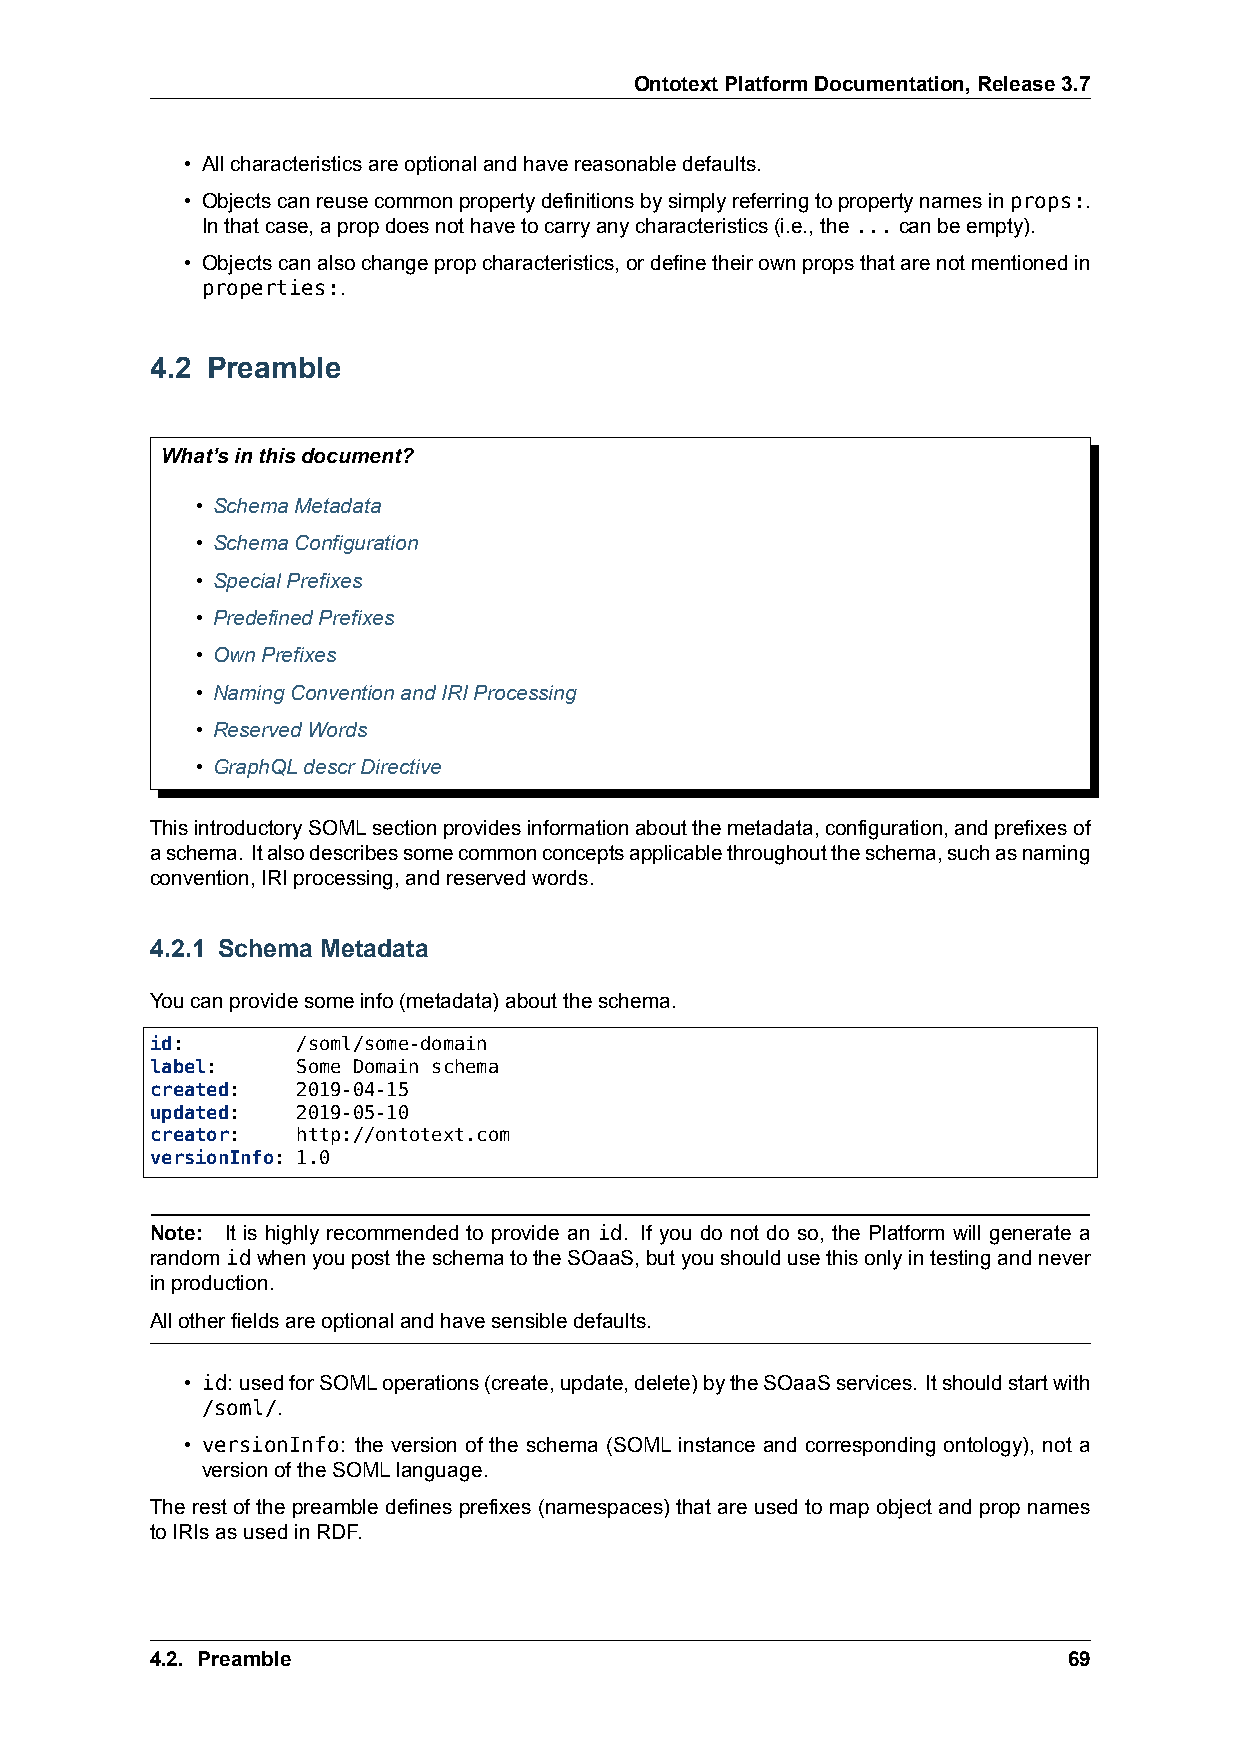
OntotextPlatformDocumentation,Release3.7
 • Allcharacteristicsareoptionalandhavereasonabledefaults.
 • Objectscanreusecommonpropertydefinitionsbysimplyreferringtopropertynamesinprops:.
 Inthatcase,apropdoesnothavetocarryanycharacteristics(i.e.,the...canbeempty).
 • Objectscanalsochangepropcharacteristics,ordefinetheirownpropsthatarenotmentionedin
 properties:.
 4.2 Preamble
 What’sinthisdocument?
 • SchemaMetadata
 • SchemaConfiguration
 • SpecialPrefixes
 • PredefinedPrefixes
 • OwnPrefixes
 • NamingConventionandIRIProcessing
 • ReservedWords
 • GraphQLdescrDirective
 ThisintroductorySOMLsectionprovidesinformationaboutthemetadata,configuration,andprefixesof
 aschema. Italsodescribessomecommonconceptsapplicablethroughouttheschema,suchasnaming
 convention,IRIprocessing,andreservedwords.
 4.2.1 Schema Metadata
 Youcanprovidesomeinfo(metadata)abouttheschema.
 id:       /soml/some-domain
 label:    Some Domain schema
 created:  2019-04-15
 updated:  2019-05-10
 creator:  http://ontotext.com
 versionInfo: 1.0
 Note: It is highly recommended to provide an id. If you do not do so, the Platform will generate a
 randomidwhenyouposttheschematotheSOaaS,butyoushouldusethisonlyintestingandnever
 inproduction.
 Allotherfieldsareoptionalandhavesensibledefaults.
 • id: usedforSOMLoperations(create,update,delete)bytheSOaaSservices. Itshouldstartwith
 /soml/.
 • versionInfo: the version of the schema (SOML instance and corresponding ontology), not a
 versionoftheSOMLlanguage.
 The rest of the preamble defines prefixes (namespaces) that are used to map object and prop names
 toIRIsasusedinRDF.
 4.2. Preamble                                                69